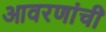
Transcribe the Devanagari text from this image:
आवरणांची